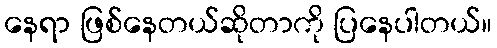
နေရာ ဖြစ်နေတယ်ဆိုတာကို ပြနေပါတယ်။